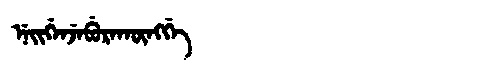
Manchu: ᠨᡝᡳᡤᡝᠨᠵᡝᠪᡠᡵᠠᡴᡡᠩᡤᡝ
Romanization: NEIGENJEBURAKŪNGGE